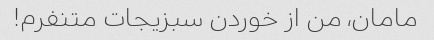
مامان، من از خوردن سبزیجات متنفرم!